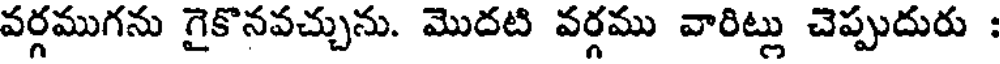
వర్గముగను గైకొనవచ్చును. మొదటి వర్గము వారిట్లు చెప్పుదురు :